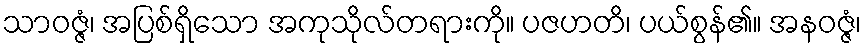
သာဝဇ္ဇံ၊ အပြစ်ရှိသော အကုသိုလ်တရားကို။ ပဇဟတိ၊ ပယ်စွန်၏။ အနဝဇ္ဇံ၊